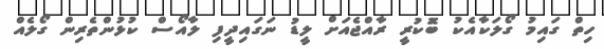
ހިތް ގައިމު ގޯލަކާއެކު ބޮުކުރީ ރާއްޖެއަށް ލީޑު ނަގައިދީފި ލާއޯސް ކުޅުންތެރިން ގޯލެއް